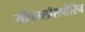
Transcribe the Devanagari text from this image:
सीफालॉसपोरिन